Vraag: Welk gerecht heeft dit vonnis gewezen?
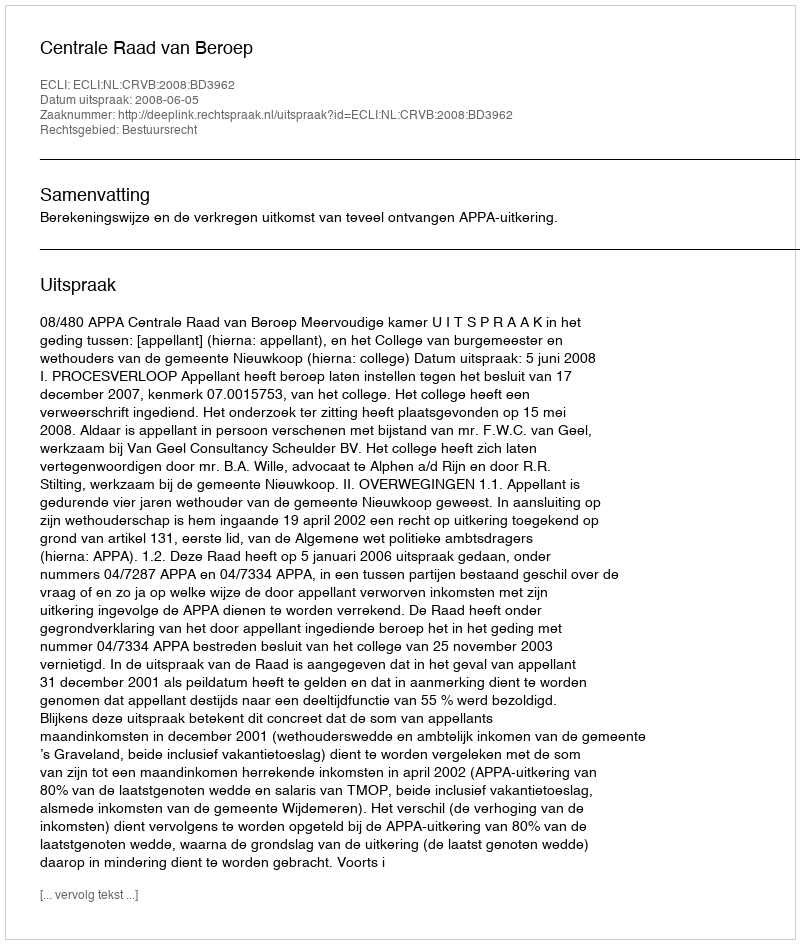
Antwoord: Centrale Raad van Beroep